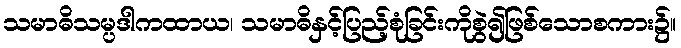
သမာဓိသမ္ပဒါကထာယ၊ သမာဓိနှင့်ပြည့်စုံခြင်းကိုစွဲ၍ဖြစ်သောစကား၌။